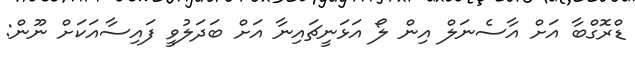
ޑްރޮގްބާ އަށް އާސެނަލް އިން ލޯ އަޅަނީޗައިނާ އަށް ބަދަލުވީ ފައިސާއަކަށް ނޫން: